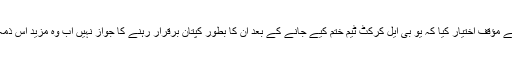
ادارے کے سربراہ کے نام ارسال کیے جانے والے استعفے میں یونس خان نے مؤقف اختیار کیا کہ یو بی ایل کرکٹ ٹیم ختم کیے جانے کے بعد ان کا بطور کپتان برقرار رہنے کا جواز نہیں اب وہ مزید اس ذمہ داری پر فائز نہیں رہ سکتے چنانچہ اپنے عہدے سے استعفیٰ دے رہے ہیں۔